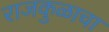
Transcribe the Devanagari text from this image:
राजकुळाचा